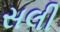
સલી